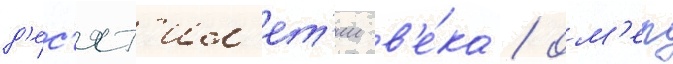
д'ес'ят'ил'ет'ии в'е́ка / ом'ер